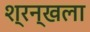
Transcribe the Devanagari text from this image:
श्रन्खला